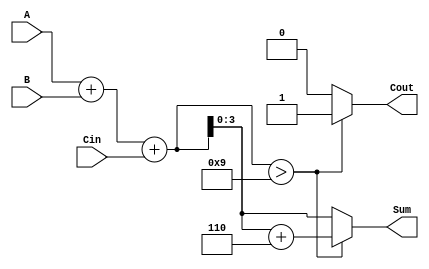
module BCD_Adder (
    input [3:0] A,      // First BCD digit
    input [3:0] B,      // Second BCD digit
    input Cin,          // Carry input
    output reg [3:0] Sum, // BCD sum output
    output reg Cout      // Carry output
);

    wire [4:0] TempSum; // 5-bit wire to hold the initial sum

    // Compute the initial sum
    assign TempSum = A + B + Cin;

    always @(*) begin
        // Check if TempSum exceeds BCD limit
        if (TempSum > 9) begin
            Cout = 1; // Set carry out
            Sum = TempSum + 6; // BCD correction
        end else begin
            Cout = 0; // No carry out
            Sum = TempSum[3:0]; // Valid BCD sum
        end
    end

endmodule